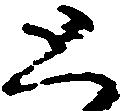
恐